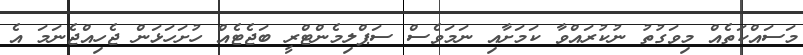
މަސައްކަތެއް މިވަގުތު ނުކުރައްވާ ކަމަށާއި ނަމަވެސް ސަޕްލިމެންޓްރީ ބަޖެޓެއް ހުށަހަޅަން ޖެހިއްޖެނަމަ އެ